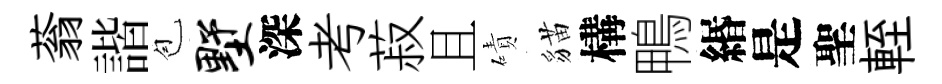
蓊諧苞墅深考菽且磧貓構鴨緡是聖輊